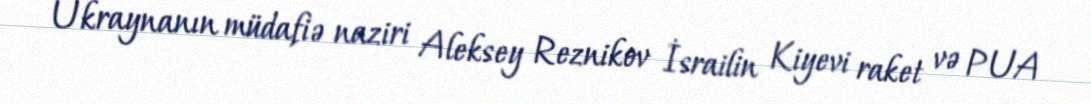
Ukraynanın müdafiə naziri Aleksey Reznikov İsrailin Kiyevi raket və PUA